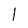
Character: 1